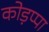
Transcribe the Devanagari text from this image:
कोड़प्पा